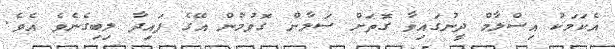
އެކަމަކު އިސްލާމް ދީނުގައިވާ ގޮތަށް ސަލާން ގޮވުމުން އޭގެ ފައިދާ ލިބިގެނެވެ އެވެ.